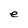
Character: e